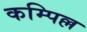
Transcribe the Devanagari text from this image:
कम्पिल्ल